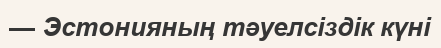
— Эстонияның тәуелсіздік күні